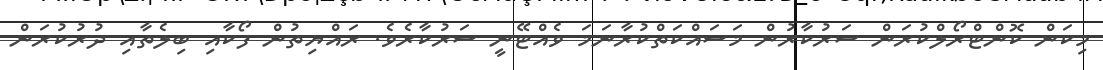
މިކަން ކޮންޓްރޯލްކުރަން ސަރުކާރުން މަސައްކަތްކުރާނަމަ ވެއްޓޭނީ ސަރުކާރެވެ. ރައްޔިތުން ފޯކާއި ބިލެތާއި ދުރުކުރަން